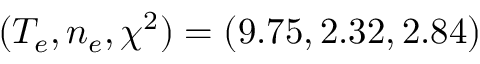
( T _ { e } , n _ { e } , \chi ^ { 2 } ) = ( 9 . 7 5 , 2 . 3 2 , 2 . 8 4 )